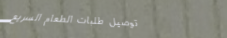
توصيل طلبات الطعام السريع